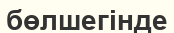
бөлшегінде